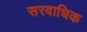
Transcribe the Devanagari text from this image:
सरवाधिक